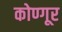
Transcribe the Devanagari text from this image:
कोण्गूर